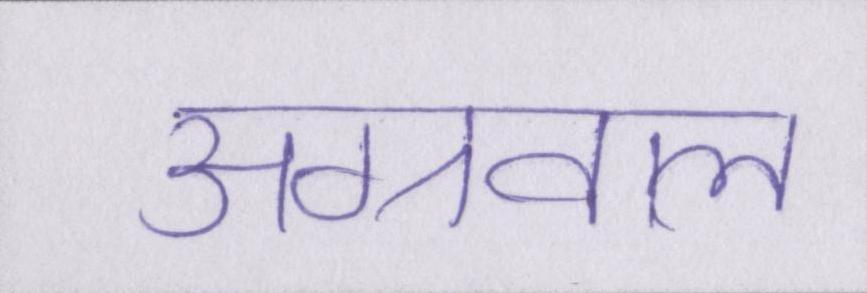
अग्रवाल